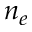
n _ { e }